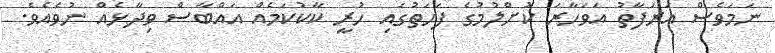
ނަމަވެސް އަރަފާތު އަވަހާރަ ކޮށްލުމުގެ ފަހަތުގައި ހުރީ ކާކުކަމެއް އައްބާސް ވިދާޅެއް ނުވެއެވެ.